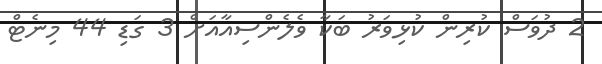
2 ދުވަސް ކުރިން ކުޅިވަރު ބަކާ ވެލެންސިއާއަށް 3 ގަޑި 44 މިނެޓް